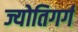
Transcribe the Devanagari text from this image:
ज्योतिगर्ग